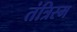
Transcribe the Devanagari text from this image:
तंत्रिस्म